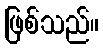
ဖြစ်သည်။